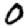
Digit: 0